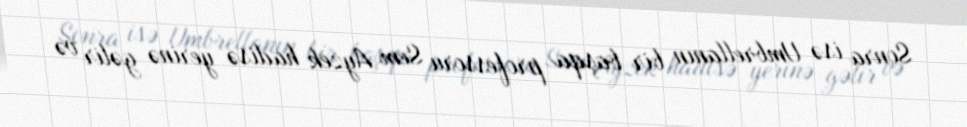
Sonra isə Umbrellanın bir başqa professoru Sem Ayzek hadisə yerinə gəlir və